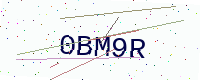
Text: 0BM9R